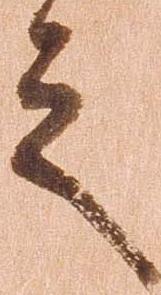
之